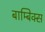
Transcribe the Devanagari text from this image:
बाम्बिक्स